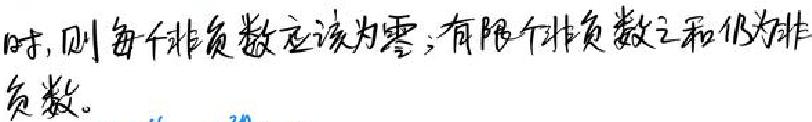
时, 则每个非负数应该为零; 有限个非负数之和仍为非负数。